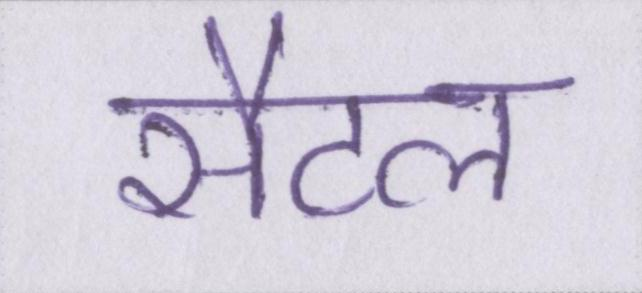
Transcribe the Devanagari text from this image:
सैटल